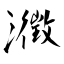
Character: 瀓